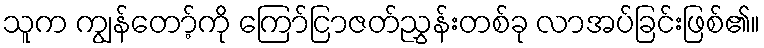
သူက ကျွန်တော့်ကို ကြော်ငြာဇတ်ညွှန်းတစ်ခု လာအပ်ခြင်းဖြစ်၏။